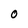
Character: O